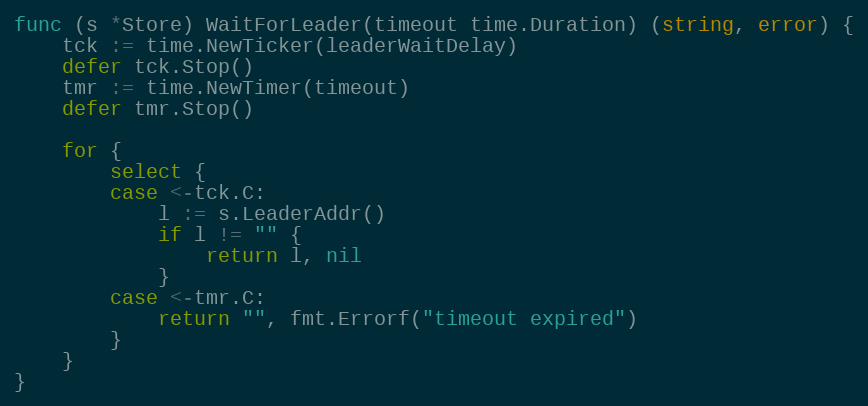
Language: Go
func (s *Store) WaitForLeader(timeout time.Duration) (string, error) {
	tck := time.NewTicker(leaderWaitDelay)
	defer tck.Stop()
	tmr := time.NewTimer(timeout)
	defer tmr.Stop()

	for {
		select {
		case <-tck.C:
			l := s.LeaderAddr()
			if l != "" {
				return l, nil
			}
		case <-tmr.C:
			return "", fmt.Errorf("timeout expired")
		}
	}
}